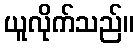
ယူလိုက်သည်။